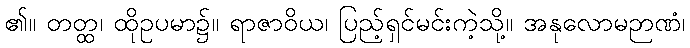
၏။ တတ္ထ၊ ထိုဥပမာ၌။ ရာဇာဝိယ၊ ပြည့်ရှင်မင်းကဲ့သို့။ အနုလောမဉာဏံ၊